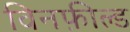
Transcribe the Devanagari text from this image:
विनफ़ील्ड